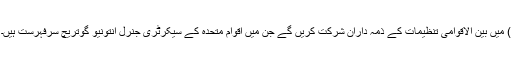
) میں بین الاقوامی تنظیمات کے ذمہ داران شرکت کریں گے جن میں اقوام متحدہ کے سیکرٹری جنرل انتونیو گوتریچ سرفہرست ہیں۔